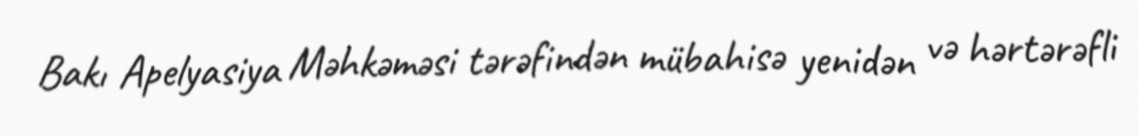
Bakı Apelyasiya Məhkəməsi tərəfindən mübahisə yenidən və hərtərəfli